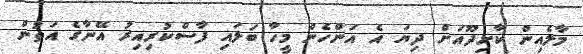
މާލެއިން ކާށިދޫއަށް ދިޔަ އެ އަންހެން މީހާ ބަލައި ފާސްކުރިއިރު އޭނާގެ އަތުން